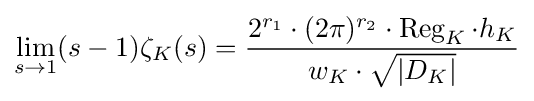
\lim _{s\to 1}(s-1)\zeta _{K}(s)={\frac {2^{r_{1}}\cdot (2\pi )^{r_{2}}\cdot \operatorname {Reg} _{K}\cdot h_{K}}{w_{K}\cdot {\sqrt {|D_{K}|}}}}